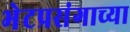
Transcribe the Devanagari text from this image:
भेटप्रसंगाच्या